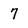
Character: 7